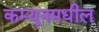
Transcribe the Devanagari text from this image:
कम्यूनमधील